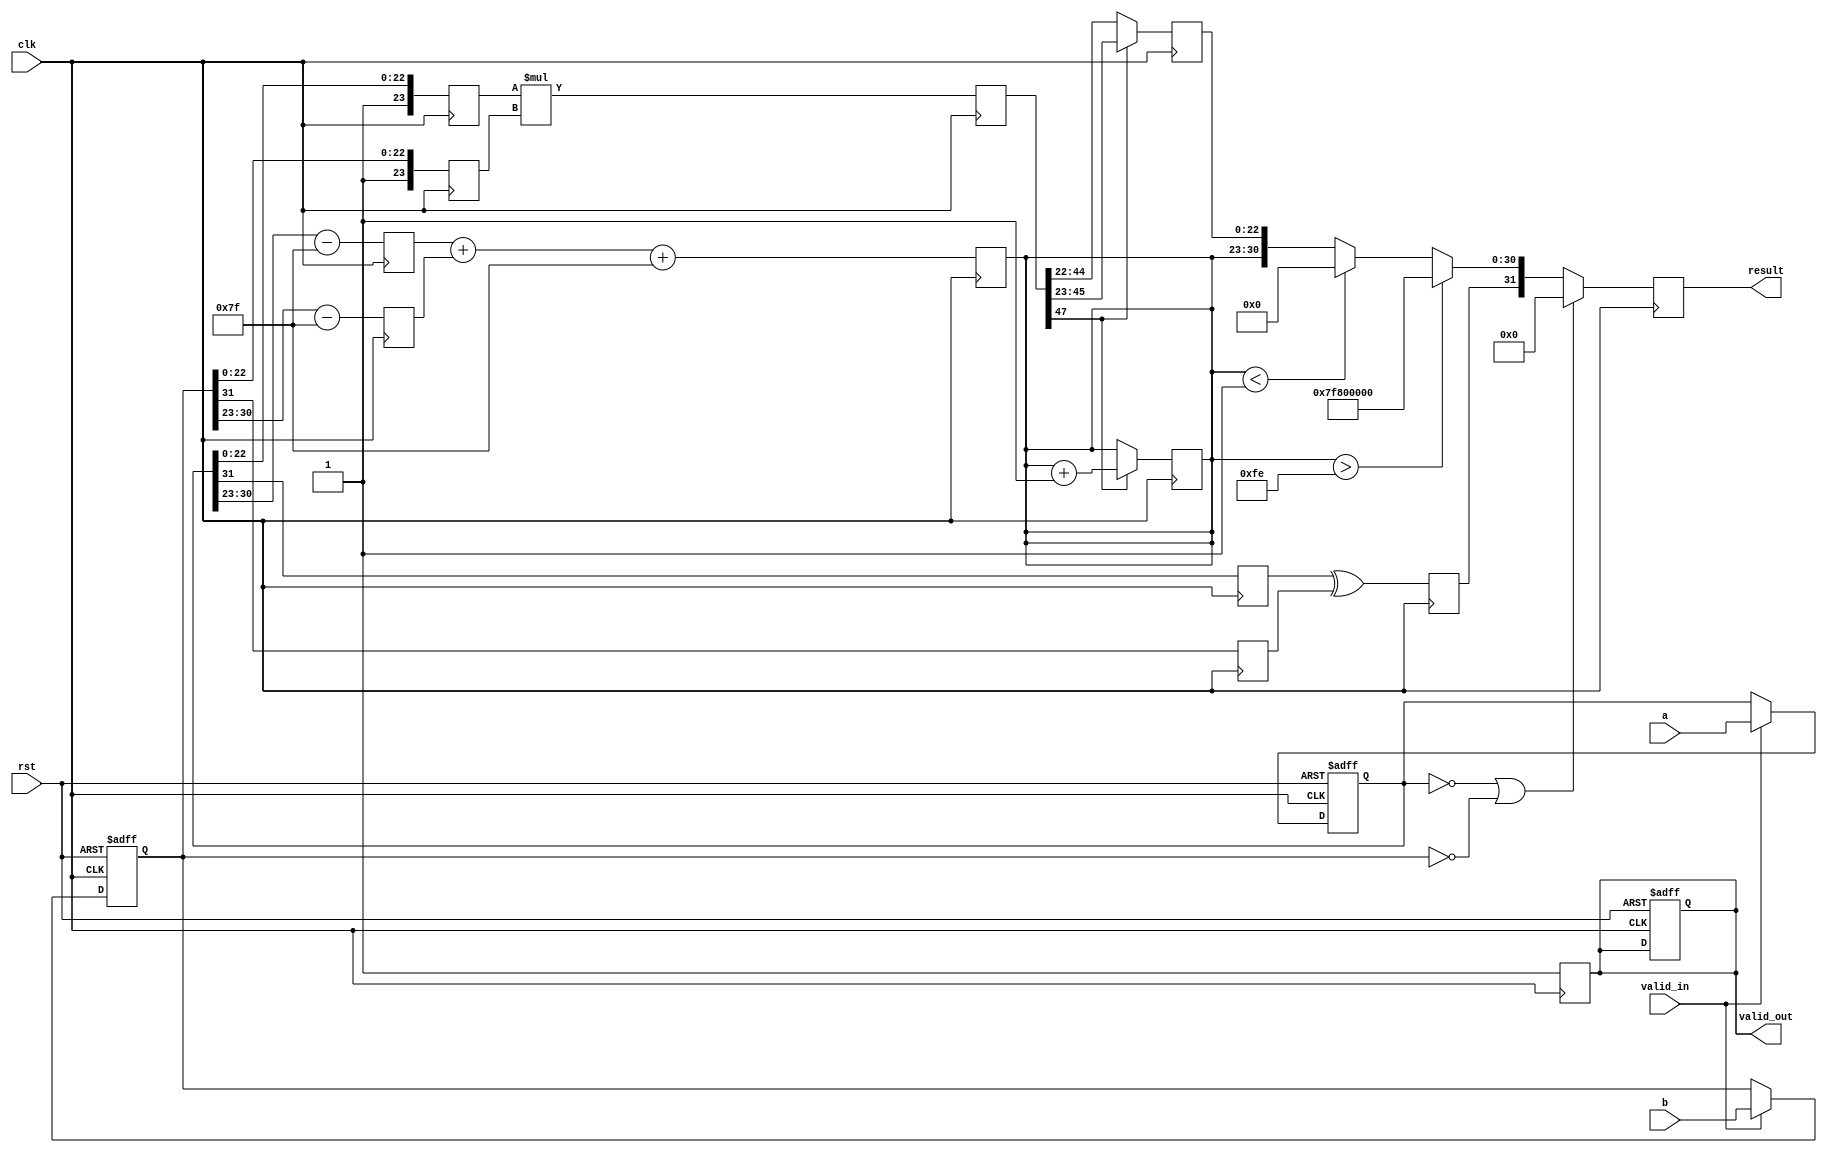
module pipelined_fp_multiplier (
    input clk,
    input rst,
    input valid_in,
    input [31:0] a, // First floating-point operand
    input [31:0] b, // Second floating-point operand
    output reg valid_out,
    output reg [31:0] result // Resulting floating-point product
);

// Pipeline registers
reg [31:0] a_reg, b_reg; // Input stage registers
reg [23:0] mantissa_a, mantissa_b; // Normalized mantissas
reg [7:0] exponent_a, exponent_b; // Exponents
reg sign_a, sign_b; // Signs
reg [47:0] mantissa_mult; // Result of mantissa multiplication
reg [7:0] exponent_result; // Result exponent
reg sign_result; // Result sign
reg [23:0] mantissa_result; // Result mantissa
reg normalization_needed; // Flag for normalization

// Input Stage
always @(posedge clk or posedge rst) begin
    if (rst) begin
        a_reg <= 32'b0;
        b_reg <= 32'b0;
        valid_out <= 1'b0;
    end else if (valid_in) begin
        a_reg <= a;
        b_reg <= b;
    end
end

// Normalization Stage
always @(posedge clk) begin
    // Extract sign, exponent, and mantissa
    sign_a <= a_reg[31];
    exponent_a <= a_reg[30:23] - 8'd127; // Remove bias
    mantissa_a <= {1'b1, a_reg[22:0]}; // Add implicit leading 1

    sign_b <= b_reg[31];
    exponent_b <= b_reg[30:23] - 8'd127; // Remove bias
    mantissa_b <= {1'b1, b_reg[22:0]}; // Add implicit leading 1
end

// Multiplication Stage
always @(posedge clk) begin
    mantissa_mult <= mantissa_a * mantissa_b; // Multiply mantissas
end

// Exponent Calculation Stage
always @(posedge clk) begin
    exponent_result <= exponent_a + exponent_b + 8'd127; // Add exponents and bias
    sign_result <= sign_a ^ sign_b; // XOR for sign
end

// Normalization Output Stage
always @(posedge clk) begin
    if (mantissa_mult[47]) begin
        mantissa_result <= mantissa_mult[46:23]; // Normalized, shift right
        exponent_result <= exponent_result + 1; // Increment exponent
    end else begin
        mantissa_result <= mantissa_mult[45:22]; // Already normalized
    end

    // Check for special cases (zero, overflow, underflow, NaN, infinity)
    if (a_reg == 32'b0 || b_reg == 32'b0) begin
        result <= 32'b0; // Zero multiplication
        valid_out <= 1'b1;
    end else if (exponent_result > 8'd254) begin
        result <= {sign_result, 8'b11111111, 23'b0}; // Infinity
        valid_out <= 1'b1;
    end else if (exponent_result < 8'd1) begin
        result <= {sign_result, 8'b0, 23'b0}; // Underflow
        valid_out <= 1'b1;
    end else begin
        result <= {sign_result, exponent_result[7:0], mantissa_result[22:0]};
        valid_out <= 1'b1;
    end
end

endmodule